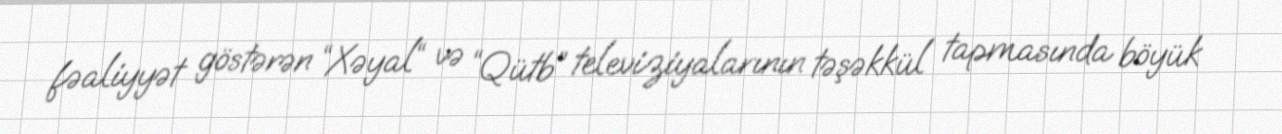
fəaliyyət göstərən “Xəyal“ və “Qütb” televiziyalarının təşəkkül tapmasında böyük